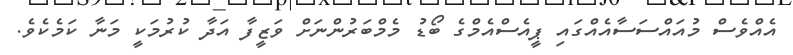
އެއްވެސް މުއައްސަސާއެއްގައި ޕީއެސްއެމްގެ ބޯޑު މެމްބަރުންނަށް ވަޒީފާ އަދާ ކުރުމަކީ މަނާ ކަމެކެވެ.